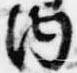
内